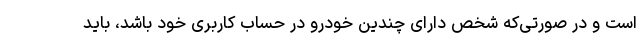
است و در صورتی‌که شخص دارای چندین خودرو در حساب کاربری خود باشد، باید